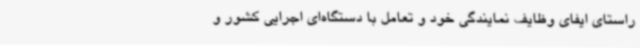
راستای ایفای وظایف نمایندگی خود و تعامل با دستگاه‌ای اجرایی کشور و